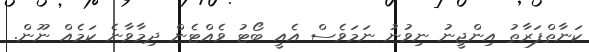
ކަނާތްފަރާތު އިންޖީނު ނިވުނު ނަމަވެސް އެއީ ބޯޓު ވެއްޓެން ދިމާވާނެ ކަމެއް ނޫން.